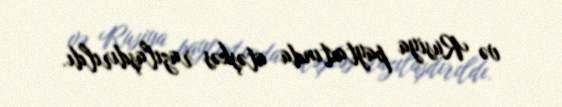
və Rusiya paytaxtında atəşkəs razılaşdırıldı.